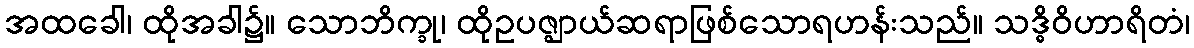
အထခေါ၊ ထိုအခါ၌။ သောဘိက္ခု၊ ထိုဥပဇ္ဈာယ်ဆရာဖြစ်သောရဟန်းသည်။ သဒ္ဓိဝိဟာရိတံ၊